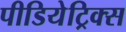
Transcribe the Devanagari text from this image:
पीडियेट्रिक्स